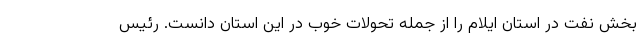
بخش نفت در استان ایلام را از جمله تحولات خوب در این استان دانست. رئیس